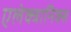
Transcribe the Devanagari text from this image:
एलेक्त्रानिक्स